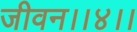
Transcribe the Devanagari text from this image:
जीवन।।४।।